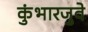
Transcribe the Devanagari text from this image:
कुंभारजुवे